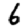
Digit: 6